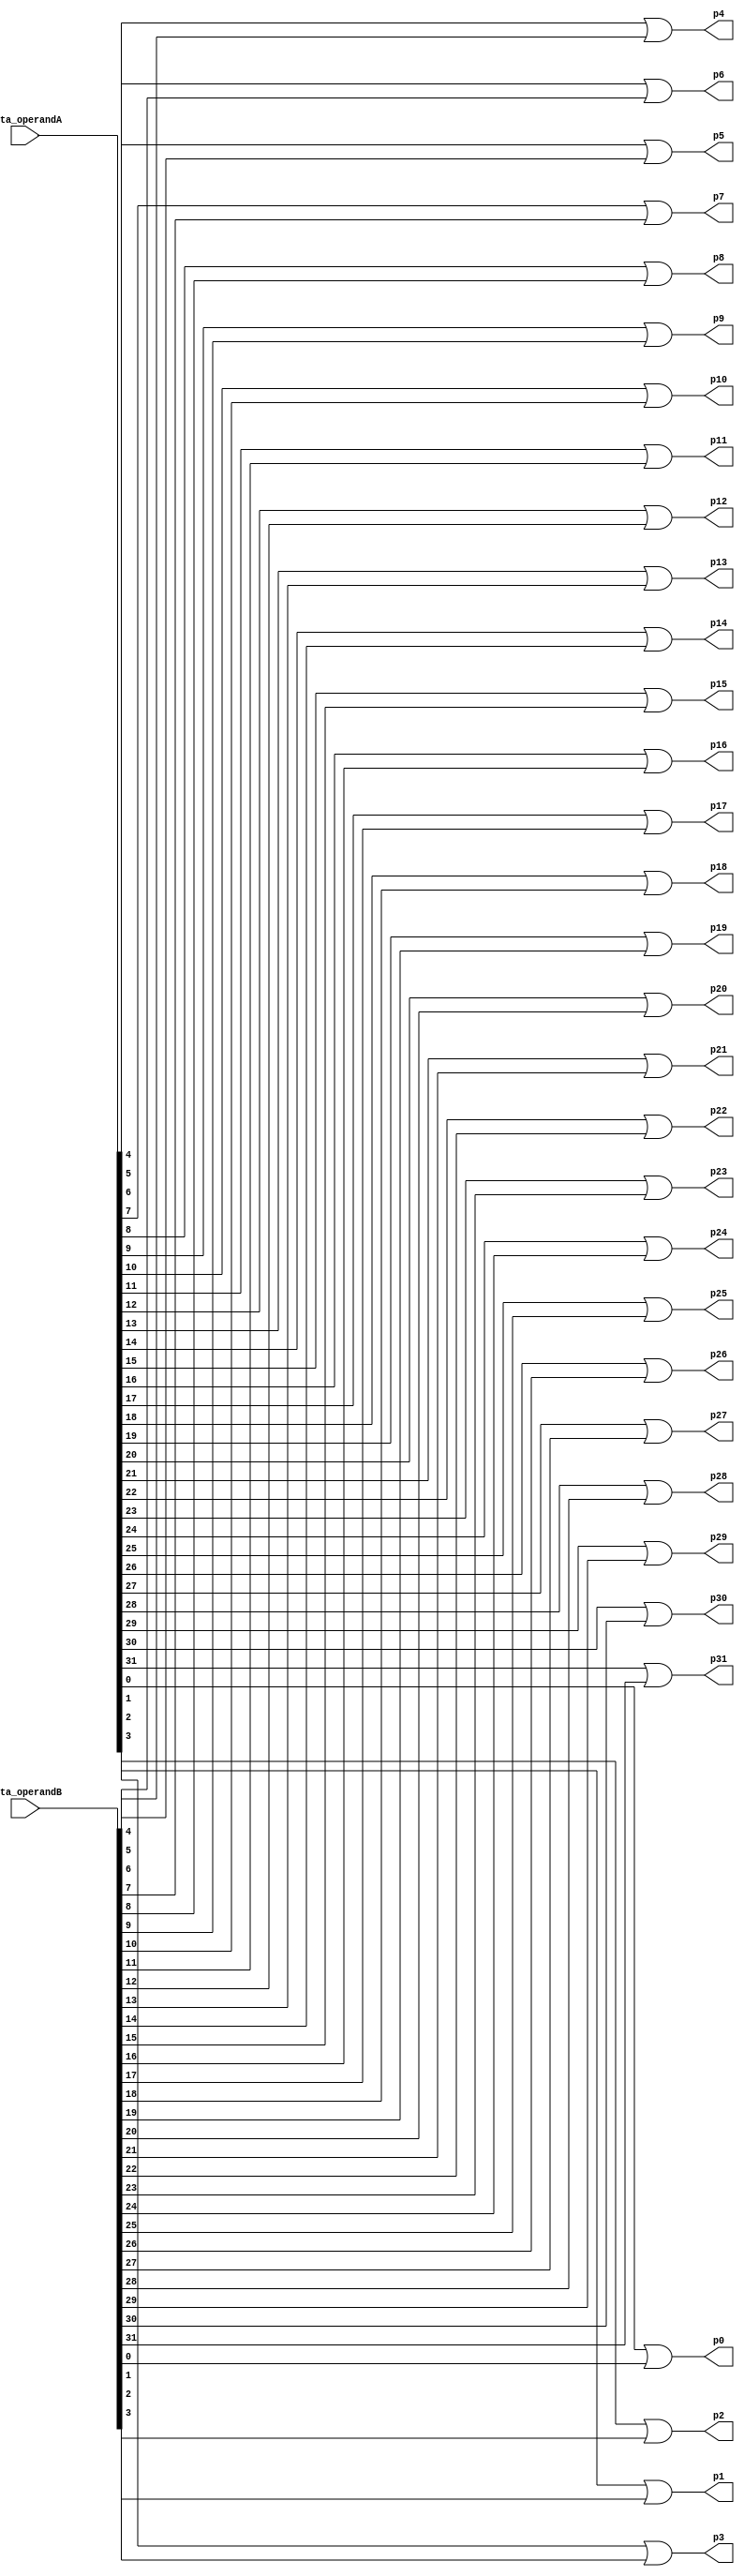
module prop(data_operandA, data_operandB, p0, p1, p2, p3, p4, p5, p6, p7, p8, p9, p10, p11, p12, p13, p14, p15, p16, p17, p18, p19, p20, p21, p22, p23, p24, p25, p26, p27, p28, p29, p30, p31);

    input [31:0] data_operandA, data_operandB; 
    output p0, p1, p2, p3, p4, p5, p6, p7, p8, p9, p10, p11, p12, p13, p14, p15, p16, p17, p18, p19, p20, p21, p22, p23, p24, p25, p26, p27, p28, p29, p30, p31;
    
    or or1(p0, data_operandA[0], data_operandB[0]);
    or or2(p1, data_operandA[1], data_operandB[1]);
    or or3(p2, data_operandA[2], data_operandB[2]);
    or or4(p3, data_operandA[3], data_operandB[3]);
    or or5(p4, data_operandA[4], data_operandB[4]);
    or or6(p5, data_operandA[5], data_operandB[5]);
    or or7(p6, data_operandA[6], data_operandB[6]);
    or or8(p7, data_operandA[7], data_operandB[7]);
    or or9(p8, data_operandA[8], data_operandB[8]);
    or or10(p9, data_operandA[9], data_operandB[9]);
    or or11(p10, data_operandA[10], data_operandB[10]);
    or or12(p11, data_operandA[11], data_operandB[11]);
    or or13(p12, data_operandA[12], data_operandB[12]);
    or or14(p13, data_operandA[13], data_operandB[13]);
    or or15(p14, data_operandA[14], data_operandB[14]);
    or or16(p15, data_operandA[15], data_operandB[15]);
    or or17(p16, data_operandA[16], data_operandB[16]);
    or or18(p17, data_operandA[17], data_operandB[17]);
    or or19(p18, data_operandA[18], data_operandB[18]);
    or or20(p19, data_operandA[19], data_operandB[19]);
    or or21(p20, data_operandA[20], data_operandB[20]);
    or or22(p21, data_operandA[21], data_operandB[21]);
    or or23(p22, data_operandA[22], data_operandB[22]);
    or or24(p23, data_operandA[23], data_operandB[23]);
    or or25(p24, data_operandA[24], data_operandB[24]);
    or or26(p25, data_operandA[25], data_operandB[25]);
    or or27(p26, data_operandA[26], data_operandB[26]);
    or or28(p27, data_operandA[27], data_operandB[27]);
    or or29(p28, data_operandA[28], data_operandB[28]);
    or or30(p29, data_operandA[29], data_operandB[29]);
    or or31(p30, data_operandA[30], data_operandB[30]);
    or or32(p31, data_operandA[31], data_operandB[31]);

endmodule